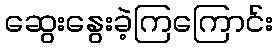
ဆွေးနွေးခဲ့ကြကြောင်း